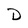
Character: D